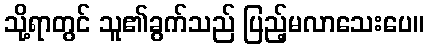
သို့ရာတွင် သူ၏ခွက်သည် ပြည့်မလာသေးပေ။